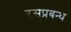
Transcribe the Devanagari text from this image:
रसप्रबन्ध